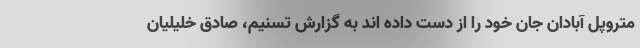
متروپل آبادان جان خود را از دست داده اند به گزارش تسنیم، ‌صادق خلیلیان